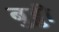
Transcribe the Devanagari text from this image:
बुड्ढी